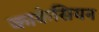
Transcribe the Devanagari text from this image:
काकेसियन